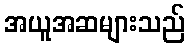
အယူအဆများသည်